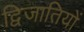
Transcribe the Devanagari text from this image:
द्विजातियों